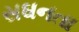
સઘનતા